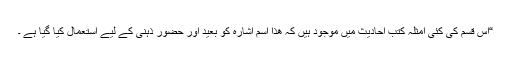
“اِس قسم کی کئی اَمثلہ کتب احادیث میں موجود ہیں کہ ھَذَا اسم اشارہ کو بعید اور حضورِ ذہنی کے لیے استعمال کیا گیا ہے ۔